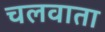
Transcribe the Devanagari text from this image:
चलवाता